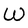
Character: W